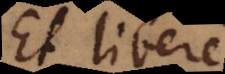
Et libere